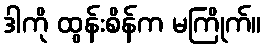
ဒါကို ထွန်းစိန်က မကြိုက်။